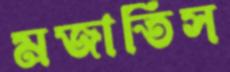
মজাতিস